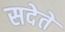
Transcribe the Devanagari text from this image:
सदेते